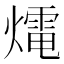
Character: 𤐇